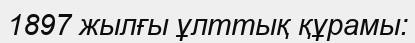
1897 жылғы ұлттық құрамы: